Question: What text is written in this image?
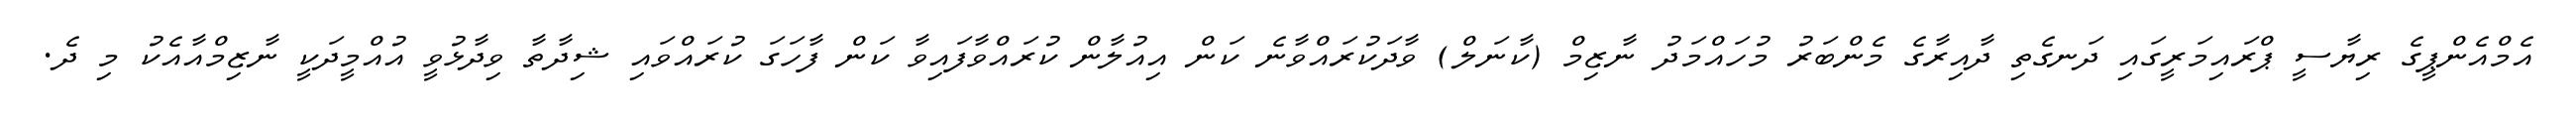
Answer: އެމްއެންޕީގެ ރިޔާސީ ޕްރައިމަރީގައި ދަނގެތި ދާއިރާގެ މެންބަރު މުހައްމަދު ނާޒިމް (ކާނަލް) ވާދަކުރައްވާނެ ކަން އިއުލާން ކުރައްވާފައިވާ ކަން ފާހަގަ ކުރައްވައި ޝިދާތާ ވިދާޅުވީ އުއްމީދަކީ ނާޒިމްއާއެކު މި ދެ.